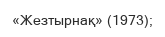
«Жезтырнақ» (1973);